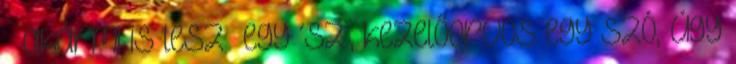
akármi is lesz egy ´sz´, kezelőorvos egy szó, úgy